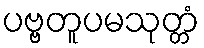
ပဗ္ဗတူပမသုတ္တံ